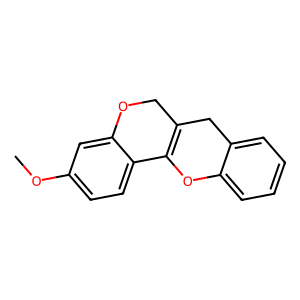
SMILES: COc1ccc2c(c1)OCC1=C2Oc2ccccc2C1
Inhibits HIV replication: No